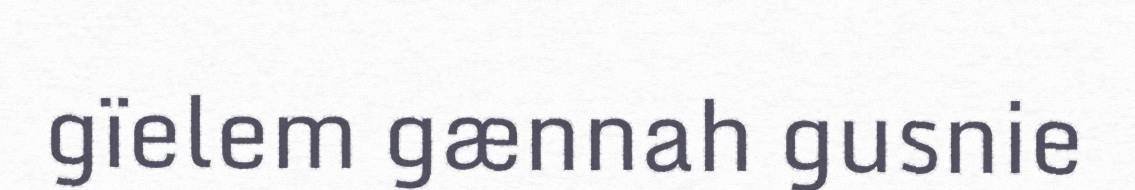
gïelem gænnah gusnie